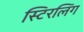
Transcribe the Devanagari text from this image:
स्टिरलिंग